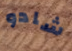
شادو